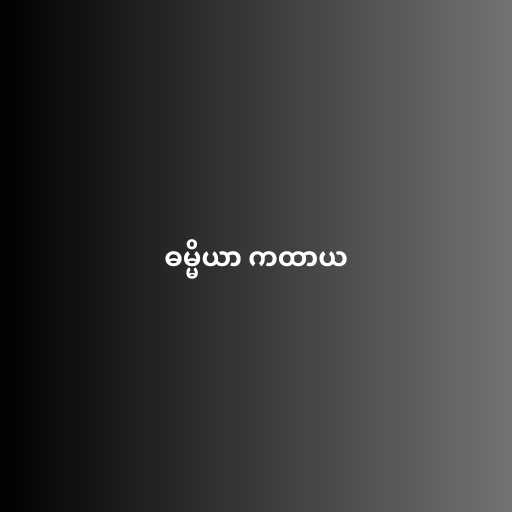
ဓမ္မိယာ ကထာယ